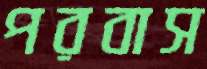
পরবাস